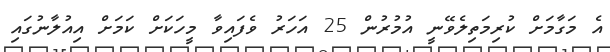
އެ މަގާމަށް ކުރިމަތިލެވޭނީ އުމުރުން 25 އަހަރު ވެފައިވާ މީހަކަށް ކަމަށް އިއުލާނުގައި